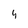
Character: 4